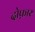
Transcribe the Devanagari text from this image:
दोफ़ार